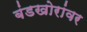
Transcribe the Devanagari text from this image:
बंडखोरांवर